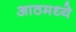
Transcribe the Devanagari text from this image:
आठमध्ये